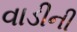
વાડીની